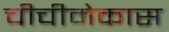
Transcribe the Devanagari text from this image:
चीचीमेकास